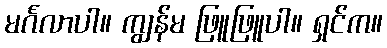
မင်္ဂလာပါ။ ကျွန်မ ဖြူဖြူပါ။ ရှင်က။